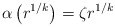
\begin{align*}\alpha\left(r^{1/k} \right) = \zeta r^{1/k}\end{align*}